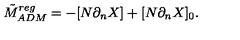
\tilde { M } _ { A D M } ^ { r e g } = - [ N \partial _ { n } X ] + [ N \partial _ { n } X ] _ { 0 } .